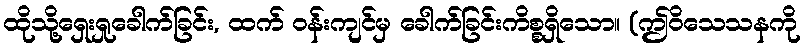
ထိုသို့ရှေးရှုခေါက်ခြင်း, ထက် ဝန်းကျင်မှ ခေါက်ခြင်းကိစ္စရှိသော။ (ဤဝိသေသနကို